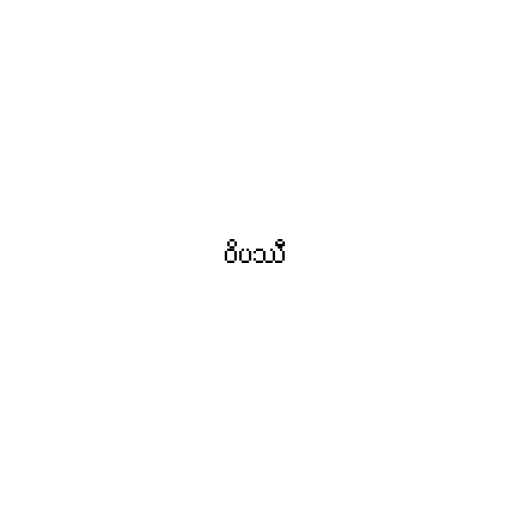
ဝိပဿီ